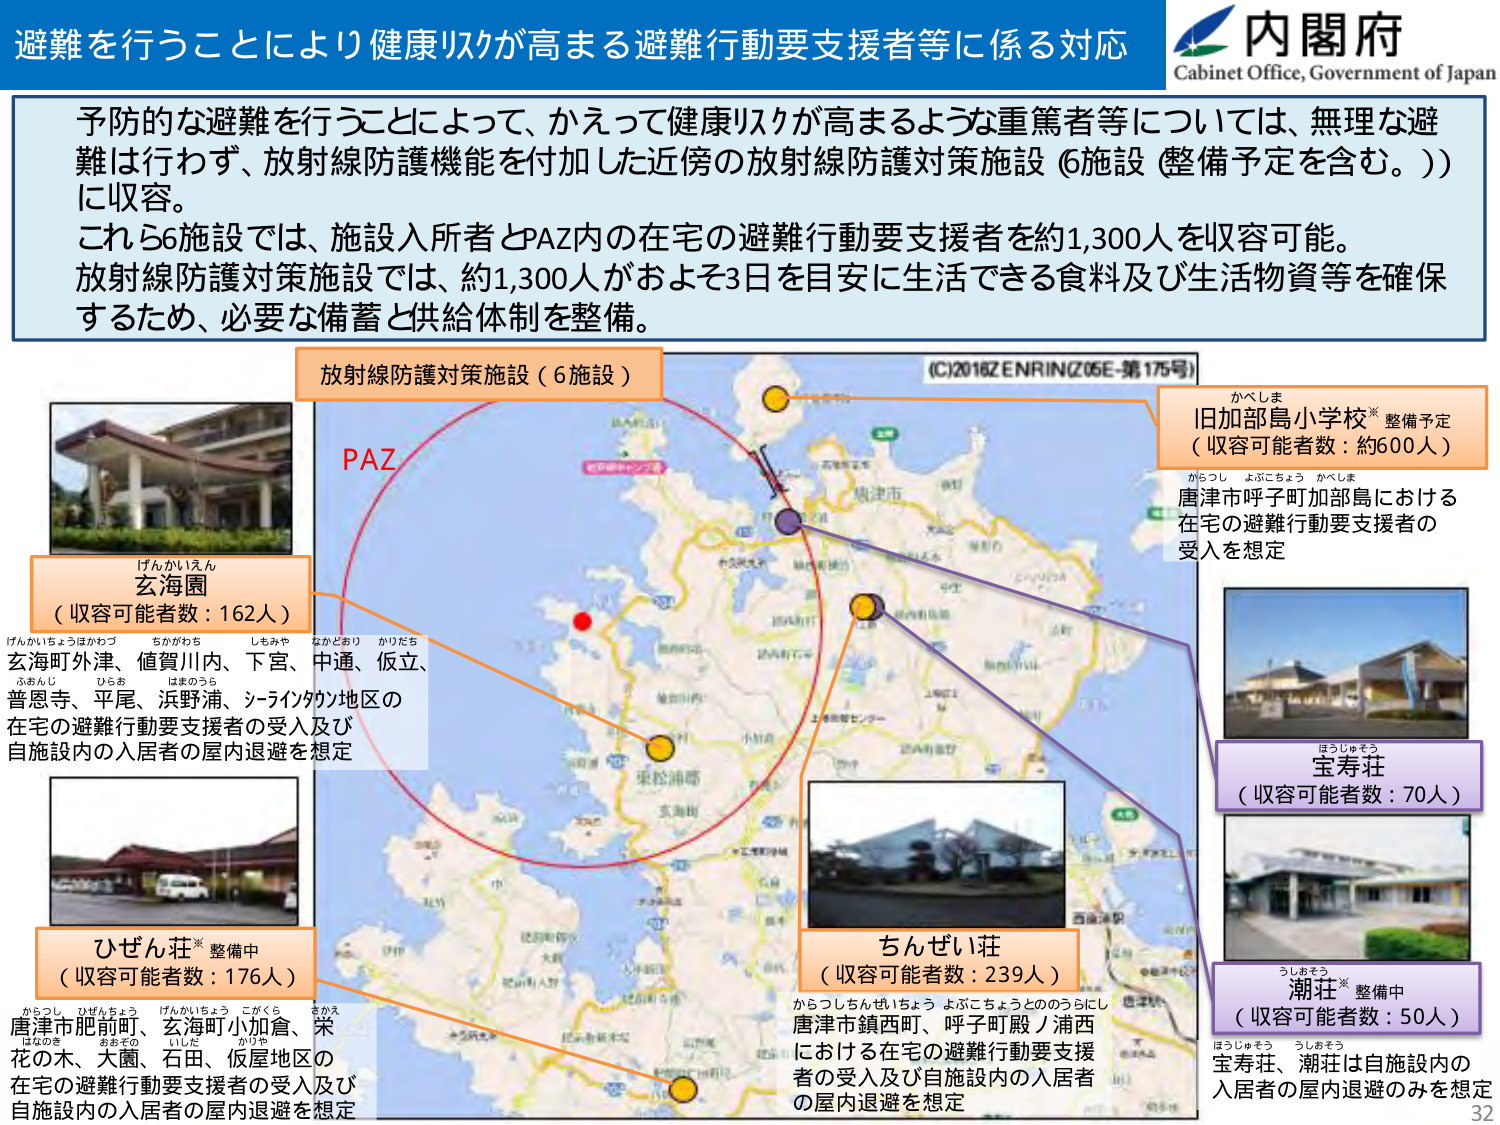
避難を行うことにより健康リスクが高まる避難行動要支援者等に係る対応
内閣府
Cabinet Office, Government of Japan

予防的な避難を行うことによって、かえって健康リスクが高まるような重篤者等については、無理な避難は行わず、放射線防護機能を付加した近傍の放射線防護対策施設（6施設（整備予定を含む。））に収容。
これら6施設では、施設入所者とPAZ内の在宅の避難行動要支援者を約1,300人を収容可能。
放射線防護対策施設では、約1,300人がおよそ3日を目安に生活できる食料及び生活物資等を確保するため、必要な備蓄と供給体制を整備。

放射線防護対策施設（6施設）
PAZ
(C)2016ZENRIN(Z05E-第175号)

げんかいえん
玄海園
（収容可能者数：162人）
げんかいちょうほかわづ ちかがわち しみや なかどおり かりたち
玄海町外津、値賀川内、下宮、中通、仮立、
ふおんじ ひらお はまのうち
普恩寺、平尾、浜野浦、シーライクウ地区の
在宅の避難行動要支援者の受入及び
自施設内の入居者の屋内退避を想定

かべしま
旧加部島小学校※ 整備予定
（収容可能者数：約600人）
からつし よぶこちょう かべしま
唐津市呼子町加部島における
在宅の避難行動要支援者の
受入を想定

ほうじゅそう
宝寿荘
（収容可能者数：70人）

ひぜん荘※ 整備中
（収容可能者数：176人）
からつし ひぜんちょう げんかいちょう こがくら さかえ
唐津市肥前町、玄海町小加倉、栄
はなのき おおぞの いしだ かりや
花の木、大園、石田、仮屋地区の
在宅の避難行動要支援者の受入及び
自施設内の入居者の屋内退避を想定

ちんぜい荘
（収容可能者数：239人）
からつしちんぜいちょう よぶこちょうとのうらにし
唐津市鎮西町、呼子町殿ノ浦西
における在宅の避難行動要支援
者の受入及び自施設内の入居者
の屋内退避を想定

うしおそう
潮荘※ 整備中
（収容可能者数：50人）
ほうじゅそう うしおそう
宝寿荘、潮荘は自施設内の
入居者の屋内退避のみを想定

32